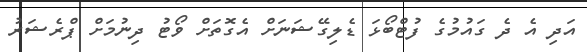
އަދި އެ ދެ ގައުމުގެ ފުޓްބޯޅަ ޑެލިގޭޝަނަށް އެގޮތަށް ވޯޓު ދިނުމަށް ޕްރެޝަރު